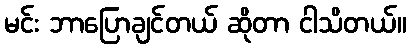
မင်း ဘာပြောချင်တယ် ဆိုတာ ငါသိတယ်။